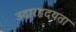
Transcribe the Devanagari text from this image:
उदारहृदयता